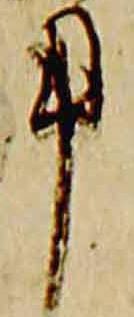
用